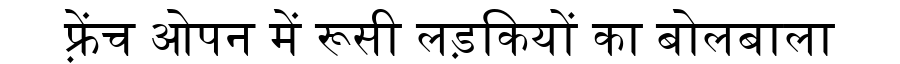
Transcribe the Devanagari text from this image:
फ़्रेंच ओपन में रूसी लड़कियों का बोलबाला